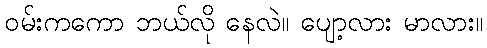
ဝမ်းကကော ဘယ်လို နေလဲ။ ပျော့လား မာလား။